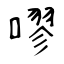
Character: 嘐